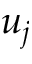
u _ { j }